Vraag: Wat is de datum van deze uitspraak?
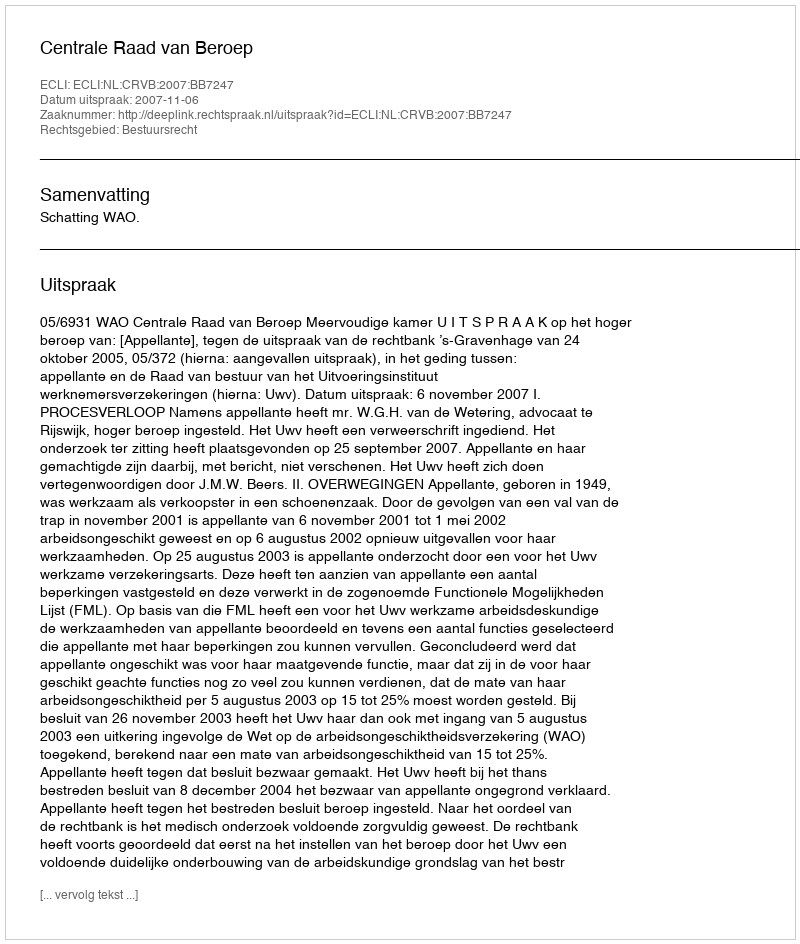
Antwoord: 2007-11-06